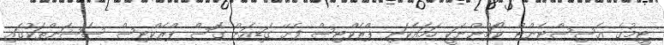
ޓީމުގެ އެސިސްޓެންޓް ކޯޗުންނަކީ ހަމައެކަނި ޕްރެކްޓިސް ފެށޭ ގަޑިއަށް ގޮސް ޕްރެކްޓިސް ސެޝަންތަކުގައި